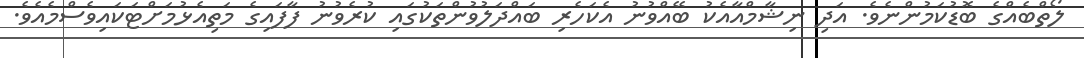
ލޯތްބެއްގެ ބޮޑުކަމުންނެވެ. އަދި ނިޝާމްއާއެކު ބޭއްވުނު އެކަހެރި ބައްދަލުވުންތަކުގައި ކުރެވުނު ފާފައިގެ މަތިއެޅުމަށްޓަކައިވެސްމެއެވެ.